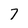
Character: 7